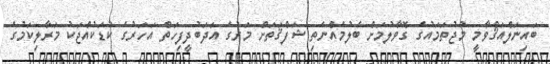
ބައިނަލްއަޤްވާމީ މުޖުތަމައުގެ ގޮވާލުމަށް ބެލުމެއްނެތި ޝަފްޤަތަށް މަރުގެ އަދަބުދީފިހަތް އަހަރުގެ ކުޑަކުއްޖަކު މަރާލިކަމުގެ